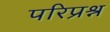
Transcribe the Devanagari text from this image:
परिप्रश्न